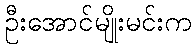
ဦးအောင်မျိုးမင်းက